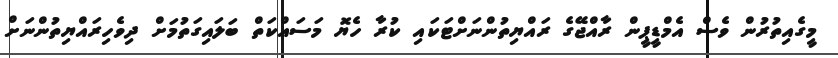
މީގެއިތުރުން ވެސް އެމްޑީޕީން ރާއްޖޭގެ ރައްޔިތުންނަށްޓަކައި ކުރާ ހެޔޮ މަސައްކަތް ބަލައިގަތުމަށް ދިވެހިރައްޔިތުންނަށް